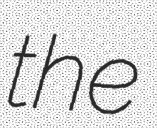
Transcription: the